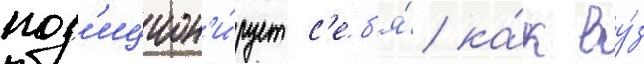
поз'ицион'и́рует с'еб'я́ ка́к ву́з